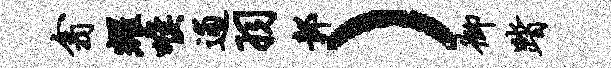
翕耀喉逋羽鄣）御踏